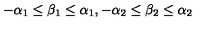
- \alpha _ { 1 } \leq \beta _ { 1 } \leq \alpha _ { 1 } , - \alpha _ { 2 } \leq \beta _ { 2 } \leq \alpha _ { 2 }